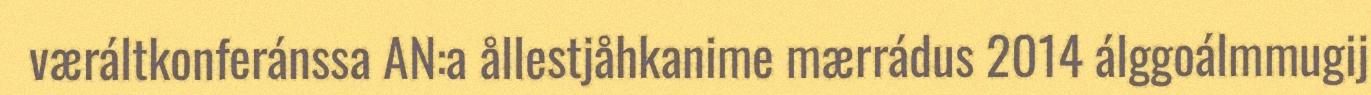
væráltkonferánssa AN:a ållestjåhkanime mærrádus 2014 álggoálmmugij